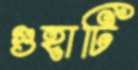
গুহাটি